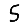
Digit: 5